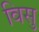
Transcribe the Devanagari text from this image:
विसु